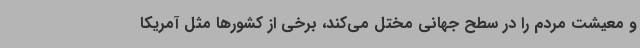
و معیشت مردم را در سطح جهانی مختل می‌کند، برخی از کشورها مثل آمریکا